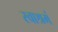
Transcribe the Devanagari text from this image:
स्वाश्रमं